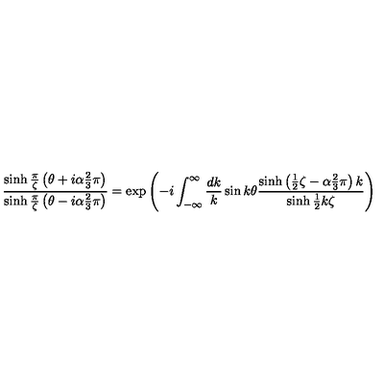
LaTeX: \frac { \sinh \frac { \pi } { \zeta } \left( \theta + i \alpha \frac { 2 } { 3 } \pi \right) } { \sinh \frac { \pi } { \zeta } \left( \theta - i \alpha \frac { 2 } { 3 } \pi \right) } = \exp \left( - i \int _ { - \infty } ^ { \infty } \frac { d k } { k } \sin k \theta \frac { \sinh \left( \frac { 1 } { 2 } \zeta - \alpha \frac { 2 } { 3 } \pi \right) k } { \sinh \frac { 1 } { 2 } k \zeta } \right)